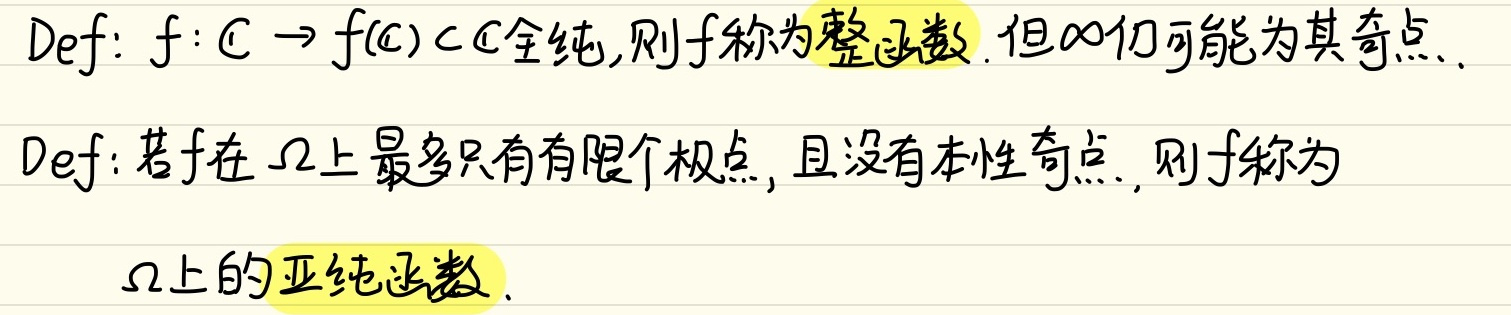
定义：若\(f:\mathbb{C} \to f(\mathbb{C})\subset\mathbb{C}\)全纯，则\(f\)称为整函数。但\(\infty\)仍可能为其奇点。

定义：若\(f\)在\(\Omega\)上最多只有有限个极点，且没有本性奇点，则\(f\)称为\(\Omega\)上的亚纯函数。